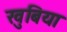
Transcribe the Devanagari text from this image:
खुबिया